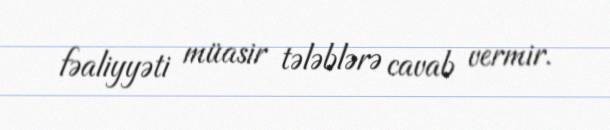
fəaliyyəti müasir tələblərə cavab vermir.